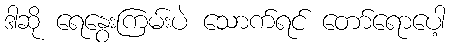
ဒါဆို ရေနွေးကြမ်းပဲ သောက်ရင် တော်ရောပေါ့